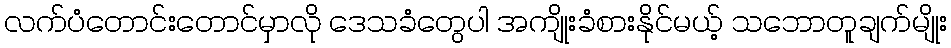
လက်ပံတောင်းတောင်မှာလို ဒေသခံတွေပါ အကျိုးခံစားနိုင်မယ့် သဘောတူချက်မျိုး